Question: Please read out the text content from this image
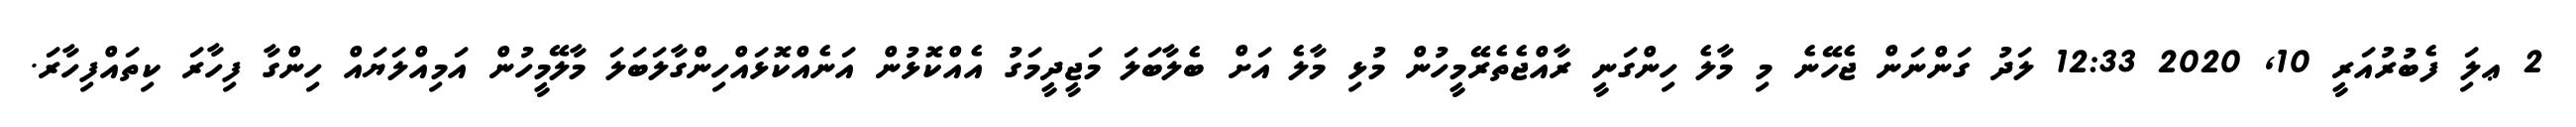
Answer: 2 ޢލަި ފެބުރުއަރީ 10, 2020 12:33 ލަދު ގަންނަން ޖެހޭނެ މި މާލެ ހިންގަނީ ރާއްޖެތެރޭމީހުން މުޅި މާލެ އަށް ބެލާބަލަ މަޖީދީމަގު އެއްކޮޅުން އަނެއްކޮޅައްހިންގާލަބަލަ މާލޭމީހުން އަމިއްލަޔައް ހިންގާ ފިހާރަ ކިތައްފިހާރަ.